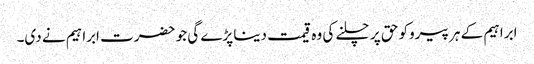
ابراہیم کے ہر پیروکو حق پر چلنے کی وہ قیمت دینا پڑے گی جو حضرت ابراہیم نے دی۔